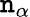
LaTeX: \mathtt{n}_{\alpha}